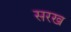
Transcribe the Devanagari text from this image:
सरख